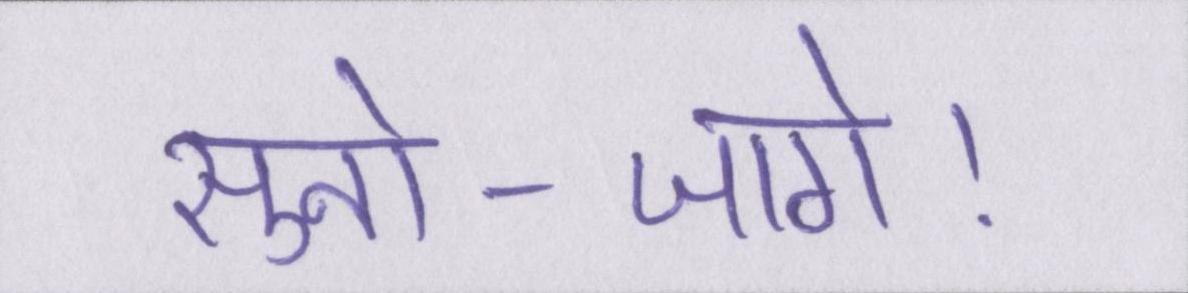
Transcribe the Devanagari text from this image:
सुनो--जागे।